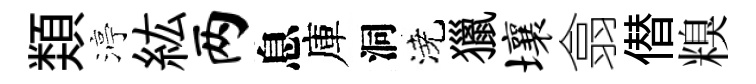
𩔖渟紘两息庫洞澆獵壤翕僣糗